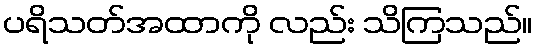
ပရိသတ်အထာကို လည်း သိကြသည်။